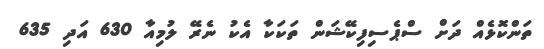
ތަންކޮޅެއް ދަށް ސްޕެސިފިކޭޝަން ތަކަކާ އެކު ނެރޭ ލުމިއާ 630 އަދި 635